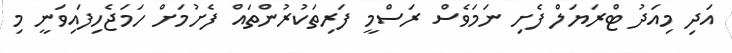
އަދި މިއަދު ޓްރަޔަލް ފެށި ނަމަވެސް ރަސްމީ ފަރިތަކުރުންތައް ފެށުމަށް ހަމަޖެހިފައިވަނީ މި